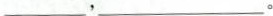
___，___。